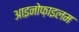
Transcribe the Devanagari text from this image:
आइनोफ़ाइलम